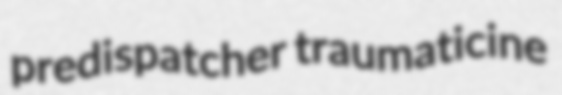
predispatcher traumaticine